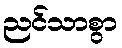
ညင်သာစွာ